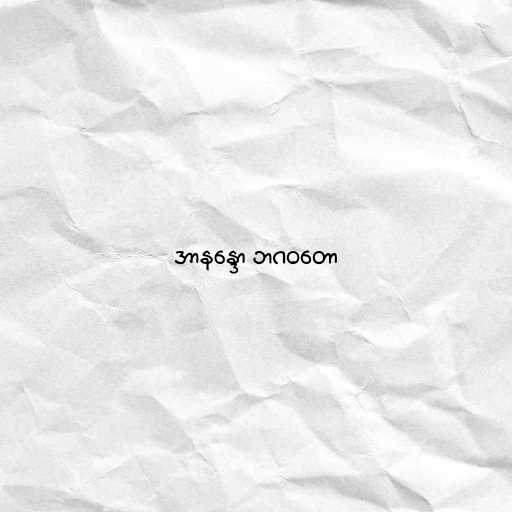
အာနန္ဒော ဘဂဝတော